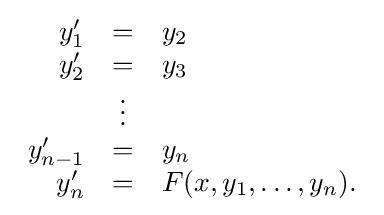
{\begin{array}{rcl}y_{1}'&=&y_{2}\\y_{2}'&=&y_{3}\\&\vdots &\\y_{n-1}'&=&y_{n}\\y_{n}'&=&F(x,y_{1},\ldots ,y_{n}).\end{array}}